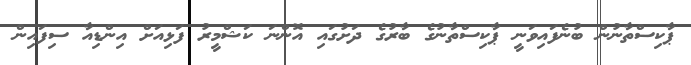
ޕާކިސްތާނުން ބުނެފައިވަނީ ޕާކިސްތާނުގެ ބާރުގެ ދަށުގައި އޮންނަ ކަޝްމީރު ފަޅިއަށް އިންޑިއާ ސިފައިން